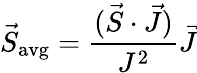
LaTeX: {\vec{S}}_{\mathrm{{avg}}}={\frac{({\vec{S}}\cdot{\vec{J}})}{J^{2}}}{\vec{J}}